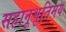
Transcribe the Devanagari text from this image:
सहानूभूतिमय